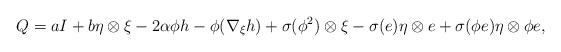
LaTeX: \begin{align*}Q=aI+b\eta \otimes \xi -2\alpha \phi h-\phi (\nabla _{\xi }h)+\sigma(\phi ^{2})\otimes \xi -\sigma (e)\eta \otimes e+\sigma (\phi e)\eta \otimes\phi e, \end{align*}